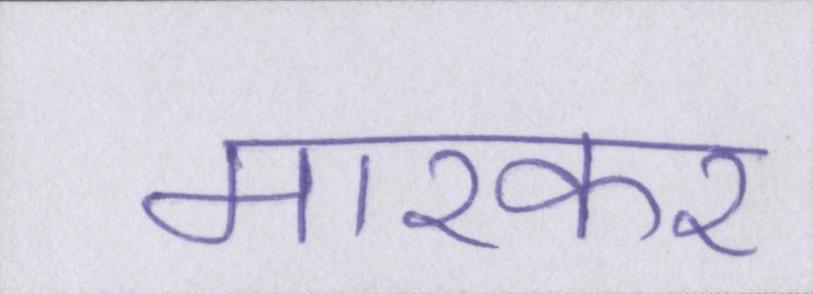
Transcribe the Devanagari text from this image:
मारकर